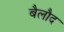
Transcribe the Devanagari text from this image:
बैलौद